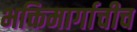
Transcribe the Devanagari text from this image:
भक्तिमार्गाचीच